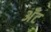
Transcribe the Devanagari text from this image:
अँट